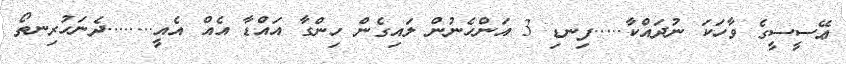
ޢޭސީސީގެ ވާހަކަ ނުދައްކާ.....ފިނޑި 3 އަންހެނުން ލައިގެން ހިންގާ އައްޑާ އެއް އެއީ........ދެނަހުރިނތޯ